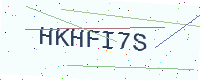
Text: HKHFI7S